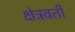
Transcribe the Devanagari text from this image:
क्षेत्रवर्ती